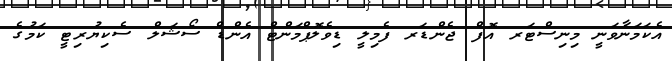
އެކަމަނާވަނީ މިނިސްޓަރ އޮފް ޖެންޑަރ ފެމިލީ ޑިވެލޮޕްމަންޓް އެންޑް ސޯޝަލް ސެކިޔުރިޓީ ކަމުގެ